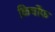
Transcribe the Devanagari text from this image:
किर्चोफ